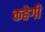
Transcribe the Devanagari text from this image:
कहेगी